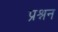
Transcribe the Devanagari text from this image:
प्रश्नन